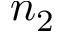
n _ { 2 }